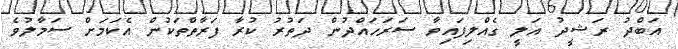
އަބްދު ރަޝީދު އަލީ ގެއްލިފައިވާ ސަރަހައްދުން ދަތުރު ކުރާ ފަރާތްތަކުން އެކަމަށް ސަމާލުވެ